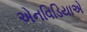
એનવિડિયાએ